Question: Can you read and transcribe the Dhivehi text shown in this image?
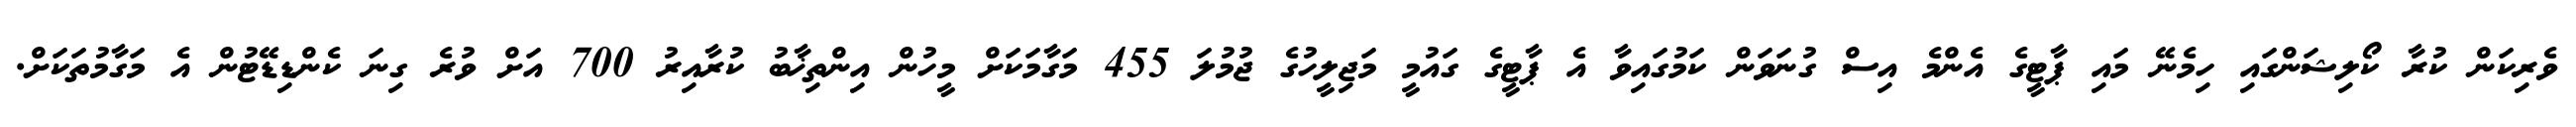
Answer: ވެރިކަން ކުރާ ކޯލިޝަންގައި ހިމެނޭ މައި ޕާޓީގެ އެންމެ އިސް ގުނަވަން ކަމުގައިވާ އެ ޕާޓީގެ ގައުމީ މަޖިލީހުގެ ޖުމުލަ 455 މަގާމަކަށް މީހުން އިންތިޚާބު ކުރާއިރު 700 އަށް ވުރެ ގިނަ ކެންޑިޑޭޓުން އެ މަގާމުތަކަށް.